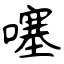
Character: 噻